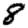
Digit: 8